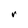
Character: r